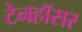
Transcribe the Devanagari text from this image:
टेनहॉसर